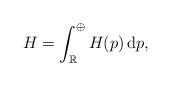
LaTeX: \begin{align*} H = \int^\oplus_\mathbb{R} H(p)\,\mathrm{d}p,\end{align*}